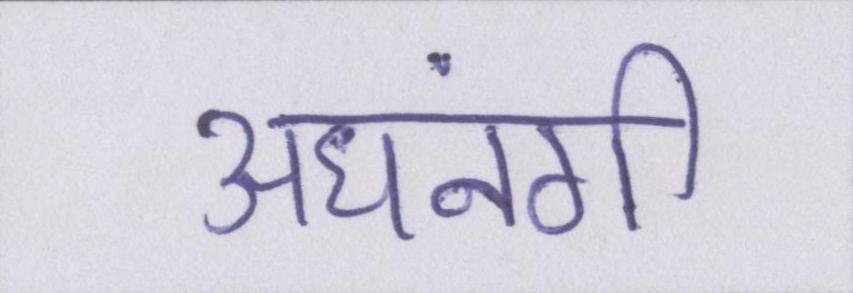
अधनंगी